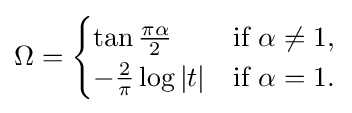
\Omega ={\begin{cases}\tan {\tfrac {\pi \alpha }{2}}&{\text{if }}\alpha \neq 1,\\-{\tfrac {2}{\pi }}\log |t|&{\text{if }}\alpha =1.\end{cases}}